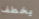
يخطف